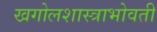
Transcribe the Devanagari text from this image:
खगोलशास्त्राभोवती